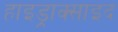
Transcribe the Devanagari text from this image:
हाइड्राक्साइद